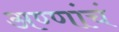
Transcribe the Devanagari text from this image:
अण्णांचं